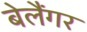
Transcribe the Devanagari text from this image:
बेलैंगर